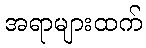
အရာများထက်